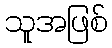
သူအဖြစ်